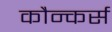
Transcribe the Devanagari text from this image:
कौन्कर्स